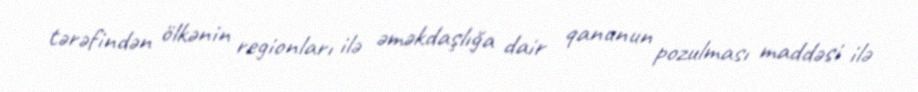
tərəfindən ölkənin regionları ilə əməkdaşlığa dair qanunun pozulması maddəsi ilə